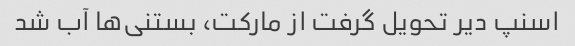
اسنپ دیر تحویل گرفت از مارکت، بستنی‌ها آب شد